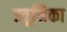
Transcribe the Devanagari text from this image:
स्त्रूमिका